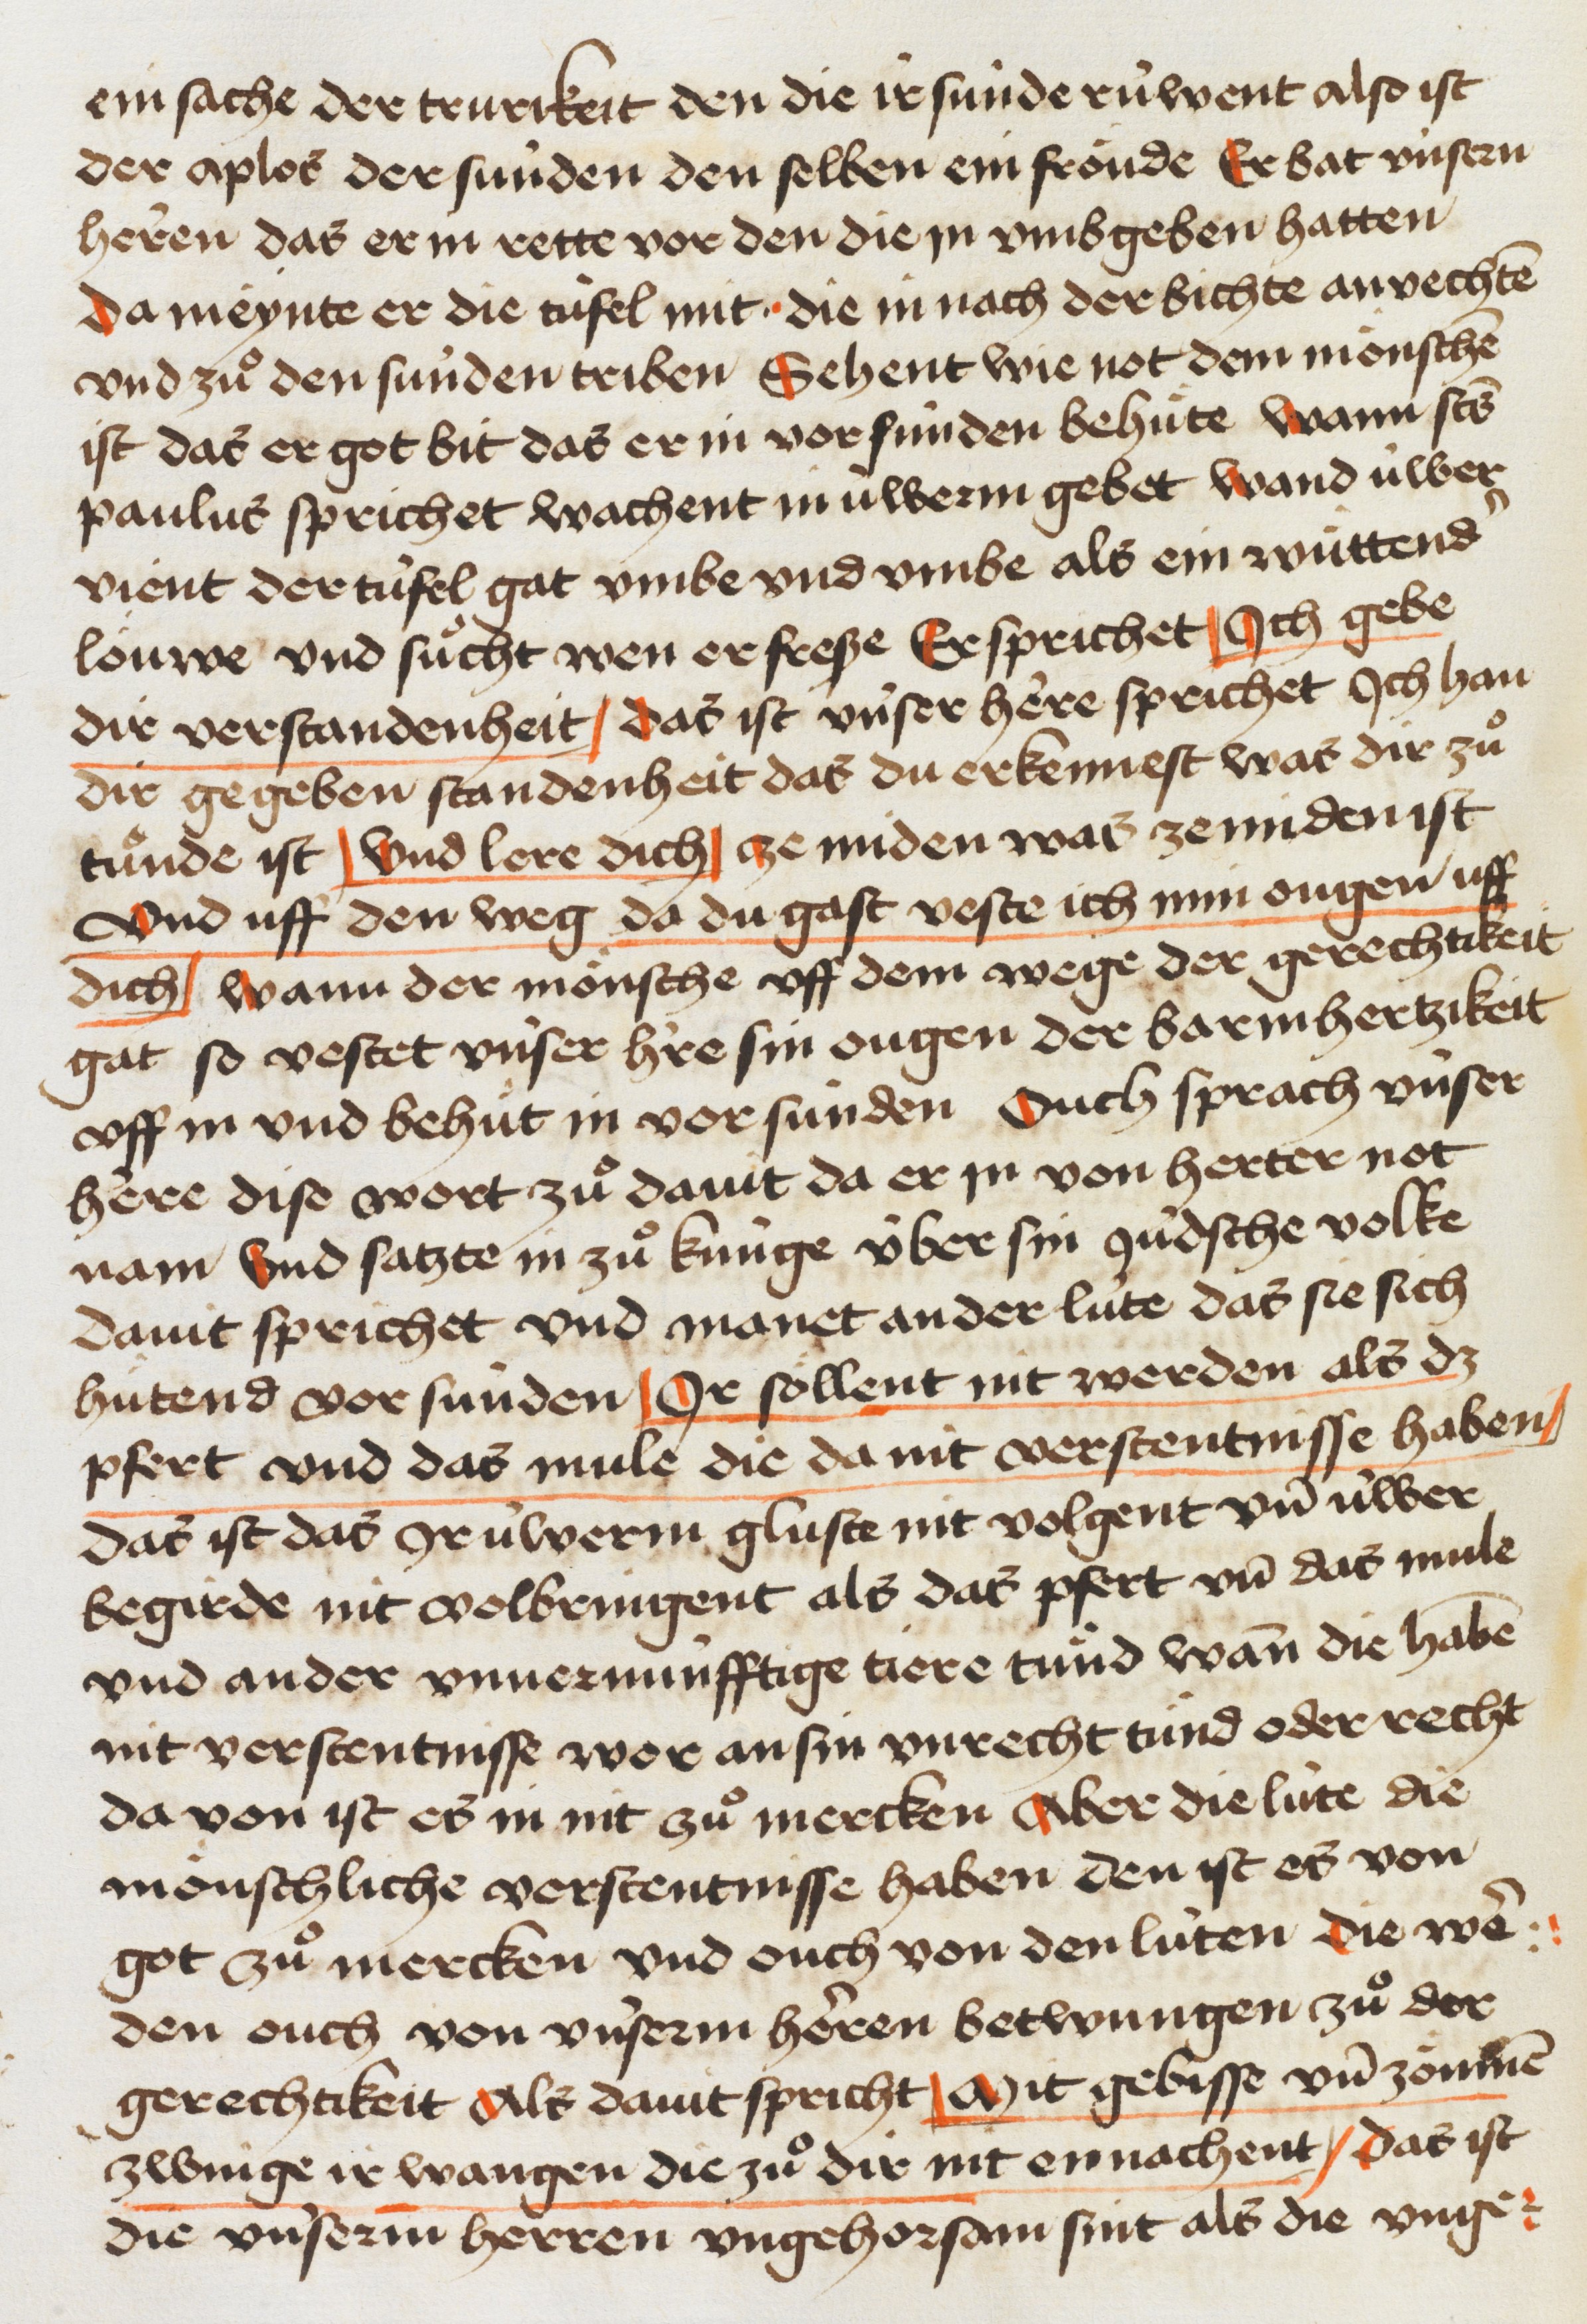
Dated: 1445–1475